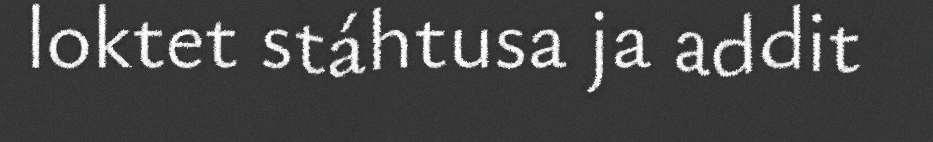
loktet stáhtusa ja addit